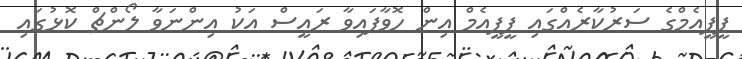
ޕީޕީއެމްގެ ސަރުކާރެއްގައި ޕީޕީއެމް އިން ހޮވާފައިވާ ރައީސް އަކު އިންނަވާ ލޯންޗް ކޮޅުގައި